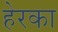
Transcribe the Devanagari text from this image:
हेरका